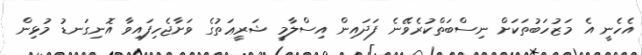
އެހެނީ އެ މަޒުހަބުތަކަށް ނިސްބަތްކުރެވޭނެ ފަދައިން އިސްލާމީ ޝަރީޢަތުގެ ވަށާޖެހިފައިވާ އޮނިގަނޑު މުޅިން